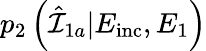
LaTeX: p_{2}\left(\hat{\mathcal{I}}_{1a}|E_{\mathrm{inc}},E_{1}\right)